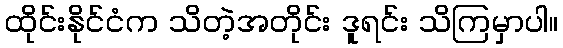
ထိုင်းနိုင်ငံက သိတဲ့အတိုင်း ဒူရင်း သိကြမှာပါ။